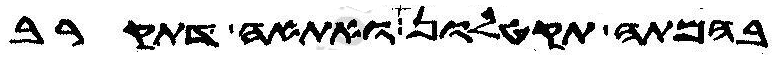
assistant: בהמתה תקטלון ואתאה דתקרב